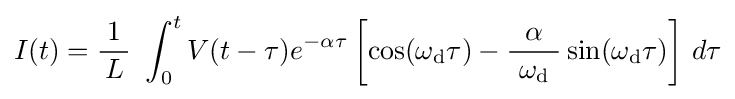
I(t)={\frac {1}{\,L\,}}\ \int _{0}^{t}V(t-\tau )e^{-\alpha \tau }\left[\cos(\omega _{\mathrm {d} }\tau )-{\frac {\alpha }{\ \omega _{\mathrm {d} }\ }}\sin(\omega _{\mathrm {d} }\tau )\right]\,d\tau